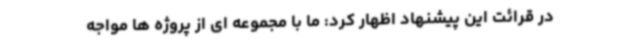
در قرائت این پیشنهاد اظهار کرد: ما با مجموعه ای از پروژه ها مواجه